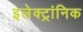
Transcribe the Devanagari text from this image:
इलेक्ट्रांनिक